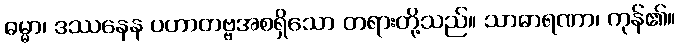
ဓမ္မာ၊ ဒဿနေန ပဟာတဗ္ဗအစရှိသော တရားတို့သည်။ သာဓာရဏာ၊ ကုန်၏။